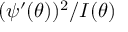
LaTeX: ( \psi ^ { \prime } ( \theta ) ) ^ { 2 } / I ( \theta )